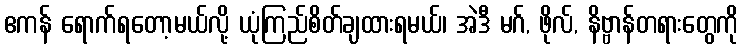
ဧကန် ရောက်ရတော့မယ်လို့ ယုံကြည်စိတ်ချထားရမယ်၊ အဲဒီ မဂ်, ဖိုလ်, နိဗ္ဗာန်တရားတွေကို